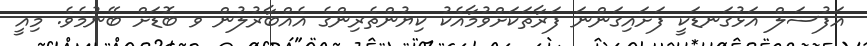
އަފުސަލް އަޅުގަނޑަކީ ފަށައިގަންނަ ފަރާތަކަށްވުމާއެކު ކިޔުންތެރިންގެ އެއްބާރުލުން ވ ބޮޑަށް ބޭނުމެވެ. މިއީ